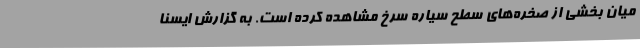
میان بخشی از صخره‌های سطح سیاره سرخ مشاهده کرده است. به گزارش ایسنا